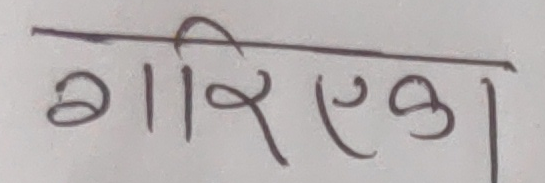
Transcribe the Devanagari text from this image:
गरिएका